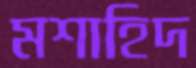
মশাহিদ